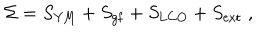
\Sigma = S _ { \mathrm { Y M } } + S _ { \mathrm { g f } } + S _ { \mathrm { L C O } } + S _ { \mathrm { e x t } } \; ,